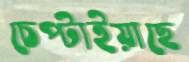
চেপ্‌টাইয়াছে